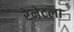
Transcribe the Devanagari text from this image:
रेनेटला